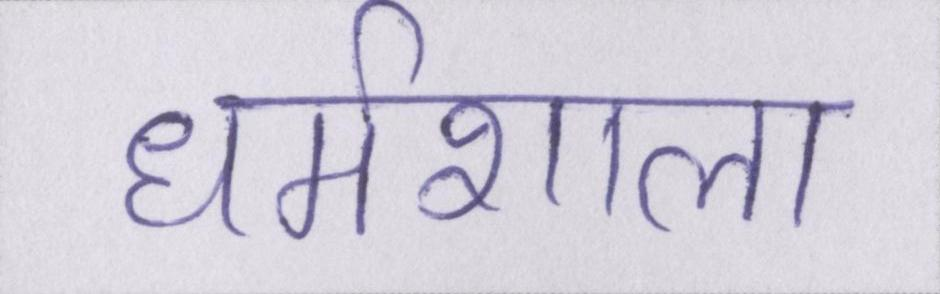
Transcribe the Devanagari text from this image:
धर्मशाला